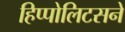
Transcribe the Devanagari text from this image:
हिप्पोलिटसने